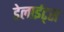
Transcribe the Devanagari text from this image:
डेलाईट्स